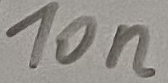
Text: 10n